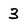
Character: 3